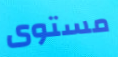
مستوى